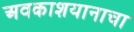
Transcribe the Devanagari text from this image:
अवकाशयानाचा